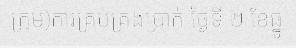
ក្រុម)ការគ្រប់គ្រងប្រាក់ ថ្ងៃទី ២ ខែធ្នូ